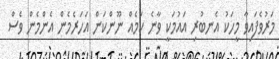
މަރުވެފައިވާ މީހަކު އެނބުރި އައުމަކީ ވާނެ ކަމެއް ނޫންކަން އަހަރެމެން އެންމެން ވެސް